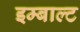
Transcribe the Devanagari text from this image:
इम्बाल्ट